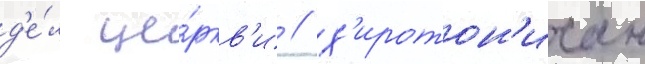
д'е́л це́ркв'и // Х'иротон'исан